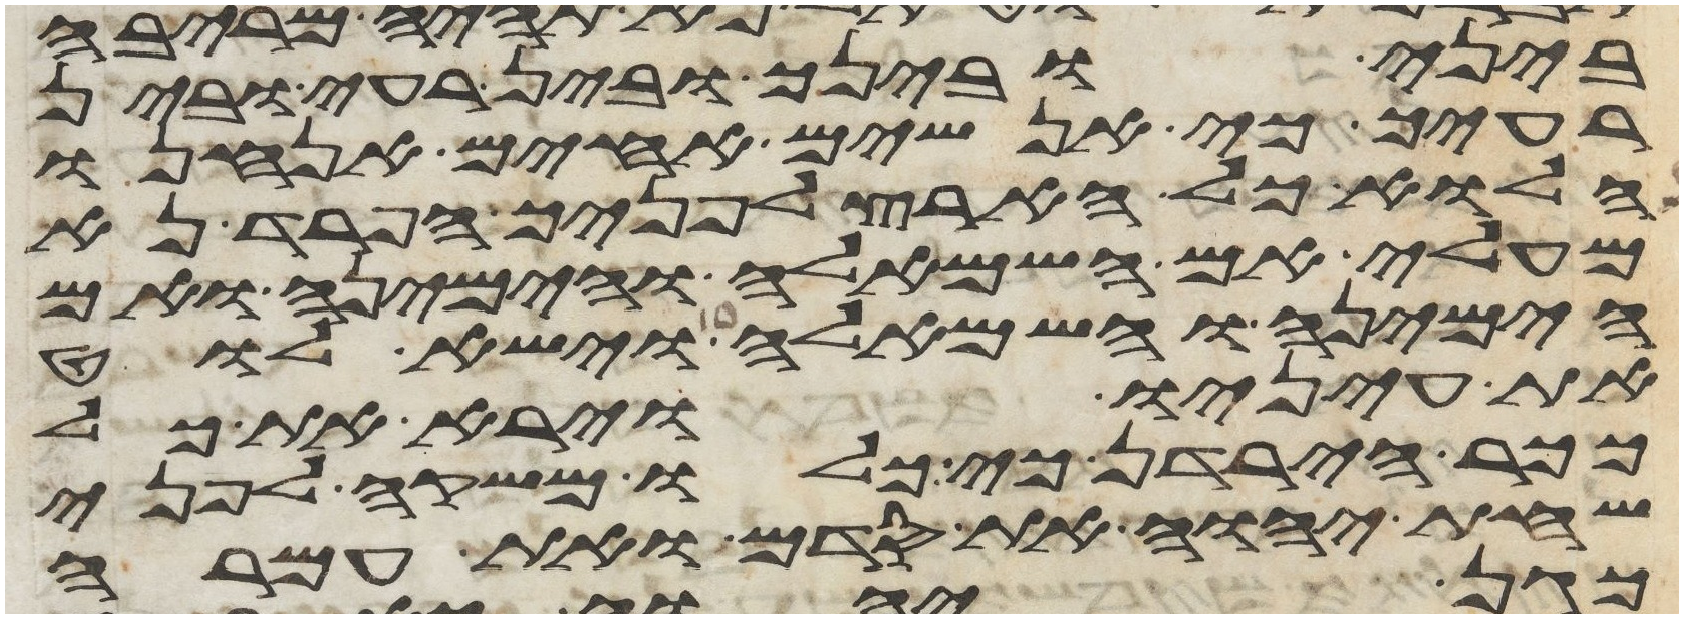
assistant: ביני ובינך ובין רעי ובין
רעיך כי אנשים אחים אנחנו
הלוא כל הארץ לפניך הפרד נא
מעלי אם השמאלה והימינה ואם
הימינה והשמאלה וישא לוט
את עיניו וירא את כל
ככר הירדן כי כלו משקה לפני
שחת יהוה את סדם ואת עמרה